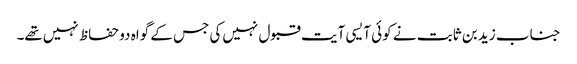
جناب زید بن ثابت نے کوئی آیسی آیت قبول نہیں‌کی جس کے گواہ دو حفاظ نہیں‌تھے۔